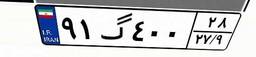
۹۱گ۴۰۰۲۸